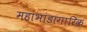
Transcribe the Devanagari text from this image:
महाभांडागारिक